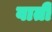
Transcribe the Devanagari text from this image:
वाती